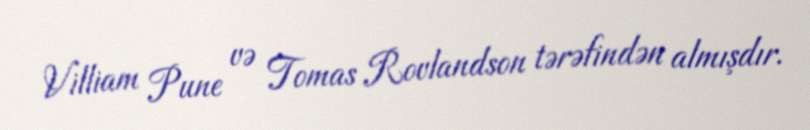
Villiam Pune və Tomas Rovlandson tərəfindən almışdır.